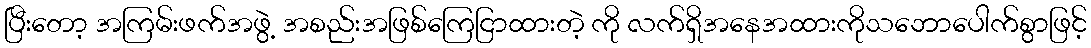
ပြီးတော့ အကြမ်းဖက်အဖွဲ့ အစည်းအဖြစ်ကြေငြာထားတဲ့ ကို လက်ရှိအနေအထားကိုသဘောပေါက်စွာဖြင့်